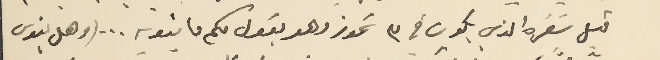
قبل سَفره الذي يكون في ٣ تموز وهو يقول لكم ما ينويه... (وهل ينوى